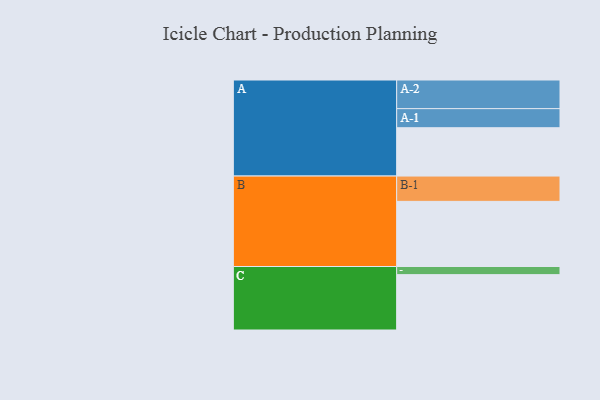
{"axis": {"x": "Segment", "y": "Value"}, "legend": ["", "A", "B", "C"], "data": [{"x": "A", "y": 405, "type": ""}, {"x": "B", "y": 546, "type": ""}, {"x": "C", "y": 464, "type": ""}, {"x": "A-1", "y": 160, "type": "A"}, {"x": "A-2", "y": 240, "type": "A"}, {"x": "B-1", "y": 212, "type": "B"}, {"x": "C-1", "y": 68, "type": "C"}]}